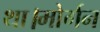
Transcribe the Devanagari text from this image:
था।मोर्गन